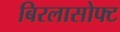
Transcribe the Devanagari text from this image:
बिरलासोफ्ट